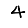
Digit: 4